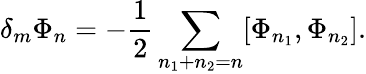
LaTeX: \delta_{m}\Phi_{n}=-\frac{1}{2}\sum_{n_{1}+n_{2}=n}[\Phi_{n_{1}},\Phi_{n_{2}}].